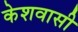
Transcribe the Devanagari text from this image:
केशवासी